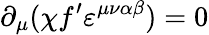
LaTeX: \partial_{\mu}(\chi f^{\prime}\varepsilon^{\mu\nu\alpha\beta})=0